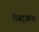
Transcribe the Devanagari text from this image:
स्विट्ज़रलैड